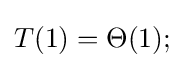
T(1)=\Theta (1);